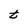
Character: t